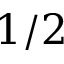
1 / 2